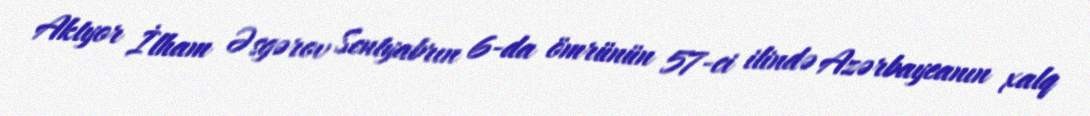
Aktyor İlham Əsgərov Sentyabrın 6-da ömrünün 57-ci ilində Azərbaycanın xalq